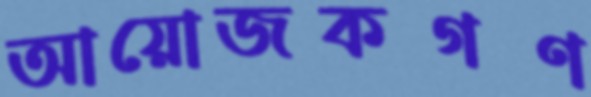
আয়োজকগণ